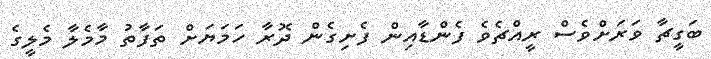
ބަގީޗާ ވަރަށްވެސް ރީއްޗެވެ ފެންޑާއިން ފެށިގެން ދޮރާ ހަމަޔަށް ތަފާތު މާމެލާ މެލީގެ